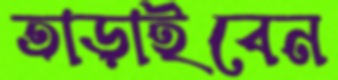
তাড়াইবেন